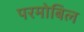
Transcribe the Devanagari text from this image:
परमोबिल